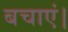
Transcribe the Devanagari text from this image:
बचाएं।